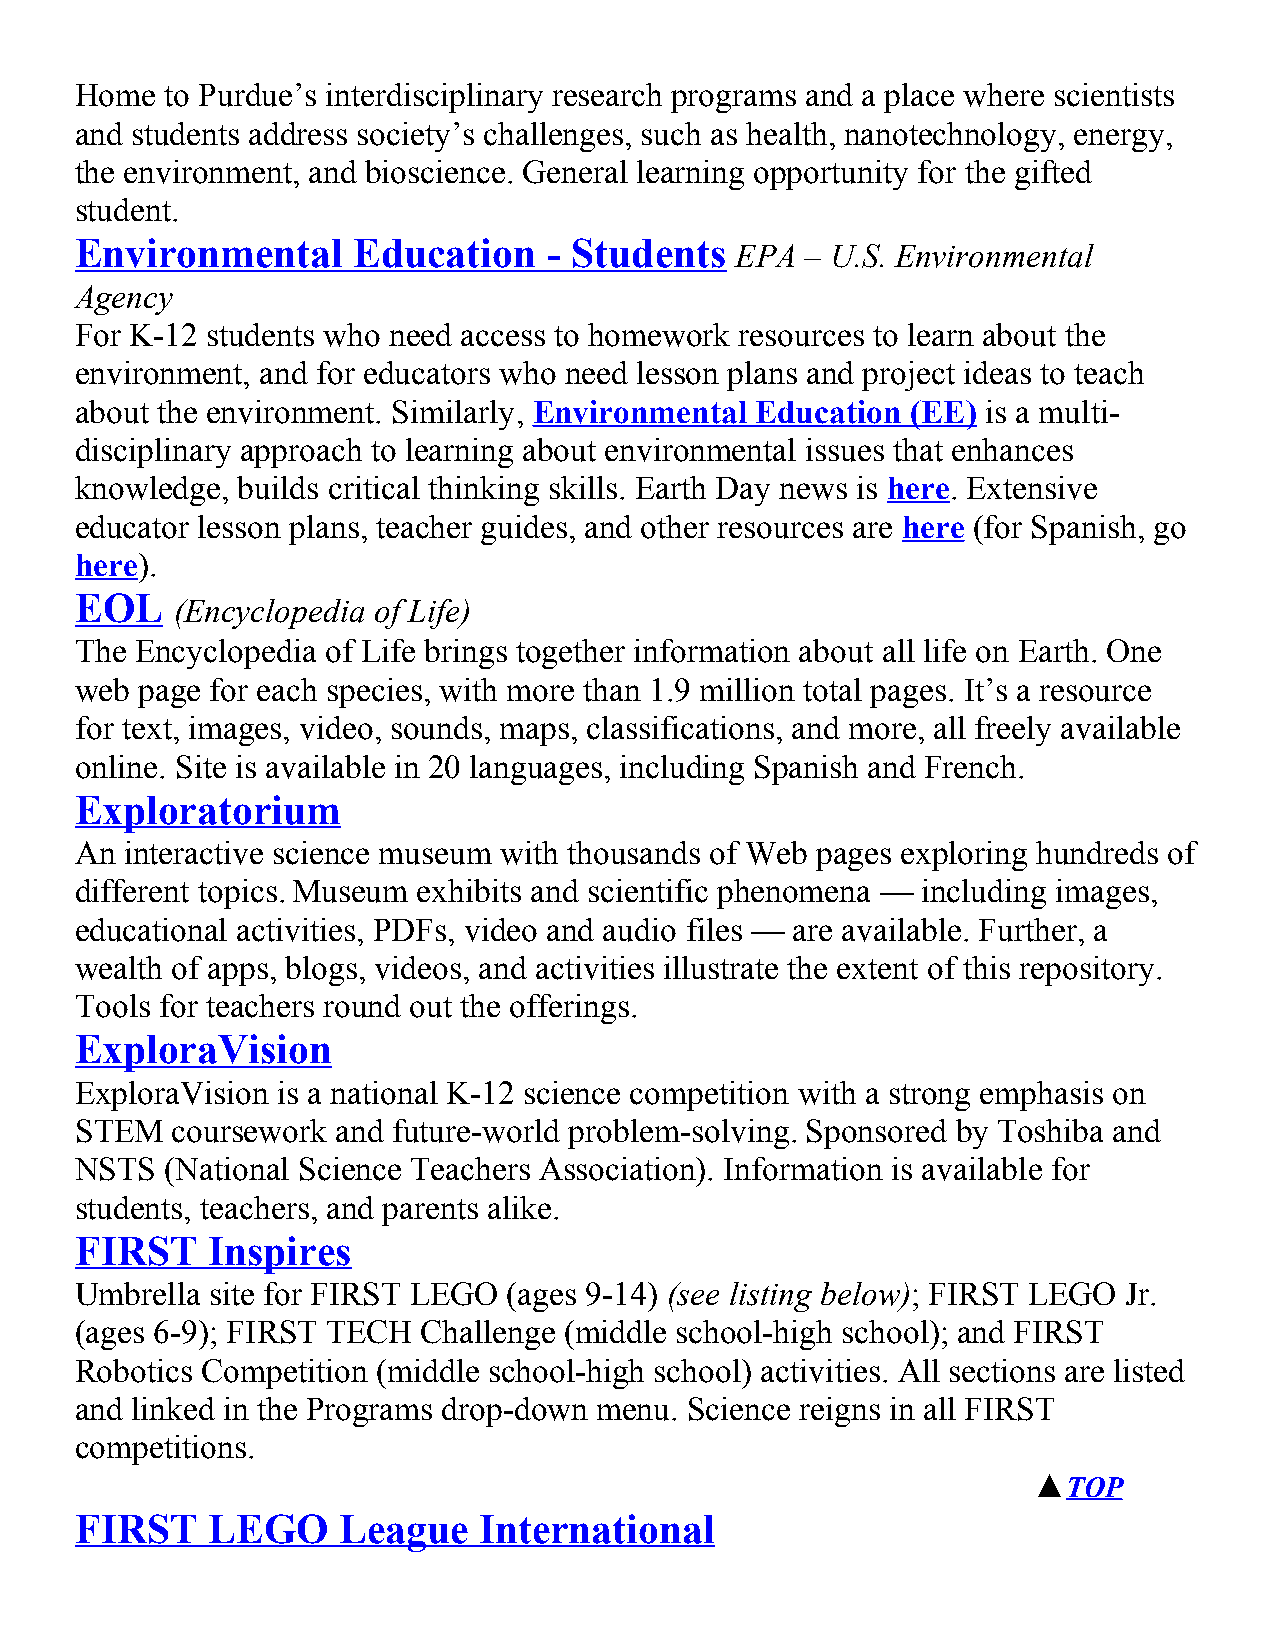
Home  to Purdue’s interdisciplinary research programs and a place where scientists
 and students address society’s challenges, such as health, nanotechnology, energy,
 the environment, and bioscience. General learning opportunity for the gifted
 student.
 Environmental     Education    - Students
 EPA – U.S. Environmental
 Agency
 For K-12 students who need access to homework resources to learn about the
 environment, and for educators who need lesson plans and project ideas to teach
 about the environment. Similarly, Environmental Education (EE) is a multi-
 disciplinary approach to learning about environmental issues that enhances
 knowledge, builds critical thinking skills. Earth Day news is here. Extensive
 educator lesson plans, teacher guides, and other resources are here (for Spanish, go
 here).
 EOL
 (Encyclopedia of Life)
 The Encyclopedia of Life brings together information about all life on Earth. One
 web page for each species, with more than 1.9 million total pages. It’s a resource
 for text, images, video, sounds, maps, classifications, and more, all freely available
 online. Site is available in 20 languages, including Spanish and French.
 Exploratorium
 An interactive science museum with thousands of Web pages exploring hundreds of
 different topics. Museum exhibits and scientific phenomena — including images,
 educational activities, PDFs, video and audio files — are available. Further, a
 wealth of apps, blogs, videos, and activities illustrate the extent of this repository.
 Tools for teachers round out the offerings.
 ExploraVision
 ExploraVision is a national K-12 science competition with a strong emphasis on
 STEM  coursework and future-world problem-solving. Sponsored by Toshiba and
 NSTS  (National Science Teachers Association). Information is available for
 students, teachers, and parents alike.
 FIRST    Inspires
 Umbrella site for FIRST LEGO (ages 9-14) (see listing below); FIRST LEGO Jr.
 (ages 6-9); FIRST TECH Challenge (middle school-high school); and FIRST
 Robotics Competition (middle school-high school) activities. All sections are listed
 and linked in the Programs drop-down menu. Science reigns in all FIRST
 competitions.
 ▲TOP
 FIRST    LEGO    League    International